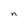
Character: n